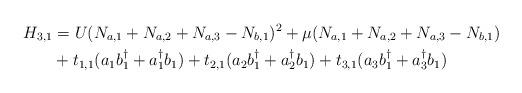
LaTeX: \begin{align*}H_{3,1} &= U(N_{a,1}+N_{a,2}+N_{a,3}-N_{b,1})^2+\mu(N_{a,1}+N_{a,2}+N_{a,3}-N_{b,1}) \\&+t_{1,1}(a_{1}b_{1}^\dagger+a_{1}^\dagger b_{1})+t_{2,1}(a_{2}b_{1}^\dagger+a_{2}^\dagger b_{1})+t_{3,1}(a_{3}b_{1}^\dagger+a_{3}^\dagger b_{1})\end{align*}